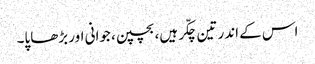
اس کے اندر تین چکّر ہیں، بچپن، جوانی اور بڑھاپا۔